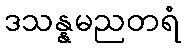
ဒသန္နမညတရံ